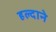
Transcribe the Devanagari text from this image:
हल्दाने